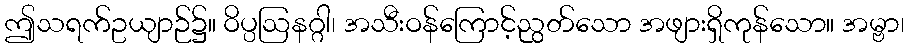
ဤသရက်ဥယျာဉ်၌။ ဝိပ္ပဩနဂ္ဂါ၊ အသီးဝန်ကြောင့်ညွတ်သော အဖျားရှိကုန်သော။ အမ္ဗာ၊